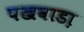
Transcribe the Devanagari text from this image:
पखवाडा़